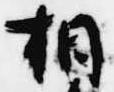
相